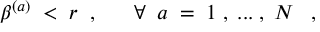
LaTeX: \beta ^ { ( a ) } \; < \; r \; \; , \; \; \; \; \; \; \forall \; \; a \; = \; 1 \; , \; . . . \; , \; N \; \; \; ,